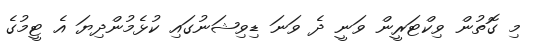
މި ގޮތުން ވިކްޓަރީން ވަނީ ދެ ވަނަ ޑިވިޝަނުގައި ކުޅެމުންދިޔަ އެ ޓީމުގެ